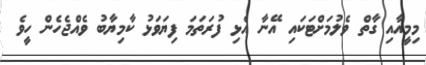
މިމީއާއި ގާތް ވެލުމަށްޓަކައި އޭނާ އެޅި ފުރަތަމަ ފިޔަވަޅު ކާމިޔާބު ވެއްޖެހެން ހީވެ